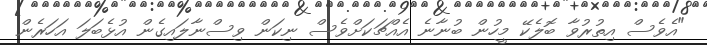
"އެވެސް އިތުރުވާ ބޮލެކޭ މީހުން ބުނާނެ އެއްޗަކަށްވެސް ނިކަން ވިސްނާލައިގެން އުޅެބަލަ އަހަރެން